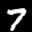
Label: 7